Report on vaccination in Madras 1904-1921 - 1904-1921
Year: 1904
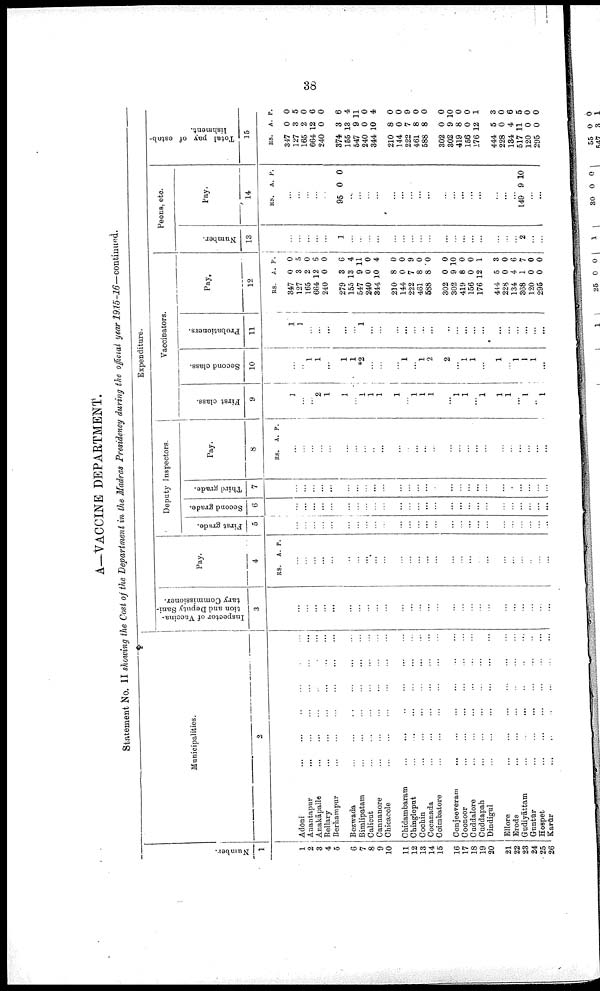
38
A—VACCINE DEPARTMENT.
Statement No. II showing the Cost of the Department in the Madras Presidency during the official year 1915-16—continued.
Number.
1
1
2
3
4
5
6
7
8
9
10
11
12
13
14
15
16
17
18
19
20
21
22
23
24
25
26
Municipalities.
2
Adōni... ... ... ...
Anantapur...
...
...
Anakāpalle... ...
...
...
...
Bellary... ... ... ...
Berhampur... ... ...
Bezwada... ... ... ... ...
Bimlipatam... ... ... ... ... ... ...
Calicut...
...
...
...
...
...
Cannanore... ... ... ... ...
Chicacole...
...
...
...
...
Chidambaram...
...
...
...
...
Chingleput...
...
...
...
...
Cochin...
...
...
...
...
Cocanada... ... ... ... ...
Coimbatore...
...
...
...
...
Conjeeveram...
...
...
...
...
...
Coonoor...
...
...
...
...
...
Cuddalore...
...
...
...
Cuddapah... ... ... ... ...
Dindigul...
...
...
...
Ellore...
...
...
...
...
Erode...
...
...
...
...
Gudiyattām... ... ...
...
Guntūr... ... ... ... ...
Hospet... ... ... ...
Karūr... ... ... ... ...
Expenditure.
Inspector of Vaccina
tion and Deputy Sani
tary Commissioner.
3
...
...
...
...
...
...
...
...
...
...
...
...
...
...
...
...
...
...
...
...
...
...
...
...
...
...
Pay.
4
RS. A. P.
...
...
...
...
...
...
...
...
...*
...
...
...
...
...
...
...
...
...
...
...
...
...
...
...
...
...
Deputy Inspectors.
First grade.
5
...
...
...
...
...
...
...
...
...
...
...
...
...
...
...
...
...
...
...
...
...
...
...
...
...
...
Second grade.
6
...
...
...
...
...
...
...
...
...
...
...
...
...
...
...
...
...
...
...
...
...
...
...
...
...
...
Third grade.
7
...
...
...
...
...
...
...
...
...
...
...
...
...
...
...
...
...
...
...
...
...
...
...
...
...
...
Pay.
8
RS. A. P.
...
...
...
...
...
...
...
...
...
...
...
...
...
...
...
...
...
...
...
...
...
...
...
...
...
...
Vaccinators.
First class.
9
1
...
...
2
1
1
...
1
1
1
1
...
1
1
1
...
1
1
...
1
1
1
...
1
...
1
Second class.
10
...
...
1
1
...
1
1
*2
...
...
...
1
... 1
2
2
...
1
1
...
1
...
1
1
1
...
Probationers.
11
1
1
...
...
...
...
...
1
...
...
...
...
...
...
...
...
...
...
...
...
...
...
...
...
...
...
Pay.
12
RS.
347
127
165
664
240
279
155
547
240
344
210
144
222
461
588
302
302
419
156
176
444
228
134
368
120
295
A.
0
3
2
12
0
3
13
9
0
10
8
0
7
8
8
0
9
8
0
12
5
0
4
1
0
0
P.
0
5
0
6
0
6
4
11
0
4
0
0
9
0
0
0
10
0
0
1
3
0
6
7
0
0
Peons, etc.
Number.
12
...
...
...
...
...
1
...
...
...
...
...
...
...
...
...
...
...
...
...
...
...
...
...
2
...
...
Pay.
14
RS.
A. P.
...
...
...
...
...
95 0 0
...
...
...
...
...
...
...
...
...
...
...
...
...
...
...
...
...
149 9 10
...
...
Total pay of estab
lishment.
15
RS
347
127
165
664
240
374
155
547
240
344
210
144
222
461
588
302
302
419
156
176
444
228
134
517
120
295
A.
0
3
2
12
0
3
13
9
0
10
8
0
7
8
8
0
9
8
0
12
5
0
4
11
0
0
P.
0
5
0
6
0
6
4
11
0
4
0
0
9
0
0
0
10
0
0
1
3
0
6
5
0
0